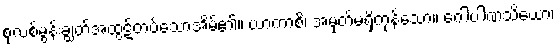
စုလစ်မွန်းချွတ်အထွဋ်တပ်သောအိမ်၏။ ယာကာစိ၊ အမှတ်မရှိကုန်သော။ ဂေါပါဏသိယော၊